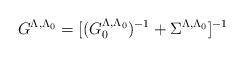
LaTeX: \begin{align*}G^{\Lambda , \Lambda_0} = [ (G_0^{\Lambda , \Lambda_0})^{-1} + \Sigma^{\Lambda , \Lambda_0} ]^{-1}\end{align*}